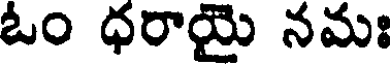
ఓం ధరాయై నమః